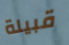
قبيلة